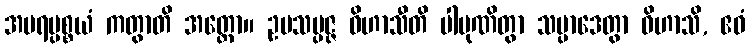
အပရပ္ပစ္စယံ ကတွာတိ အတ္ထော။ ဥပသမ္ပဇ္ဇ ဝိဟာသီတိ ပါပုဏိတွာ သမ္ပာဒေတွာ ဝိဟာသိ, ဧဝံ